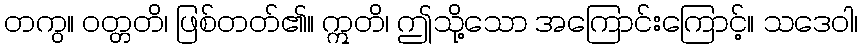
တကွ။ ဝတ္တတိ၊ ဖြစ်တတ်၏။ ဣတိ၊ ဤသို့သော အကြောင်းကြောင့်။ သဒေဝါ၊